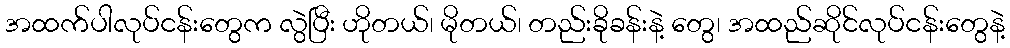
အထက်ပါလုပ်ငန်းတွေက လွဲပြီး ဟိုတယ်၊ မိုတယ်၊ တည်းခိုခန်းနဲ့ တွေ၊ အထည်ဆိုင်လုပ်ငန်းတွေနဲ့